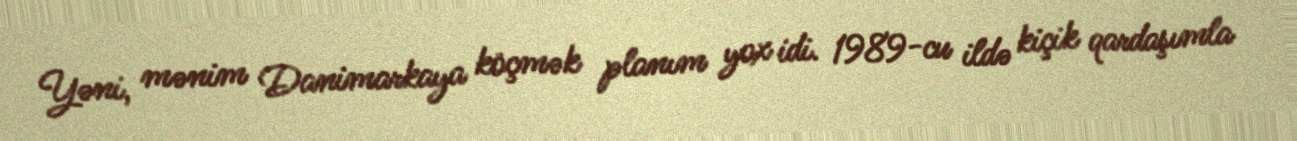
Yəni, mənim Danimarkaya köçmək planım yox idi. 1989-cu ildə kiçik qardaşımla